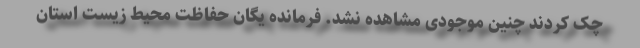
چک کردند چنین موجودی مشاهده نشد. فرمانده یگان حفاظت محیط زیست استان